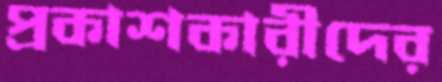
প্রকাশকারীদের